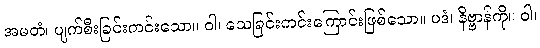
အမတံ၊ ပျက်စီးခြင်းကင်းသော။ ဝါ၊ သေခြင်းကင်းကြောင်းဖြစ်သော။ ပဒံ၊ နိဗ္ဗာန်ကို။ ဝါ၊